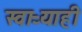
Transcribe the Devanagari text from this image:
स्वाऱ्याही